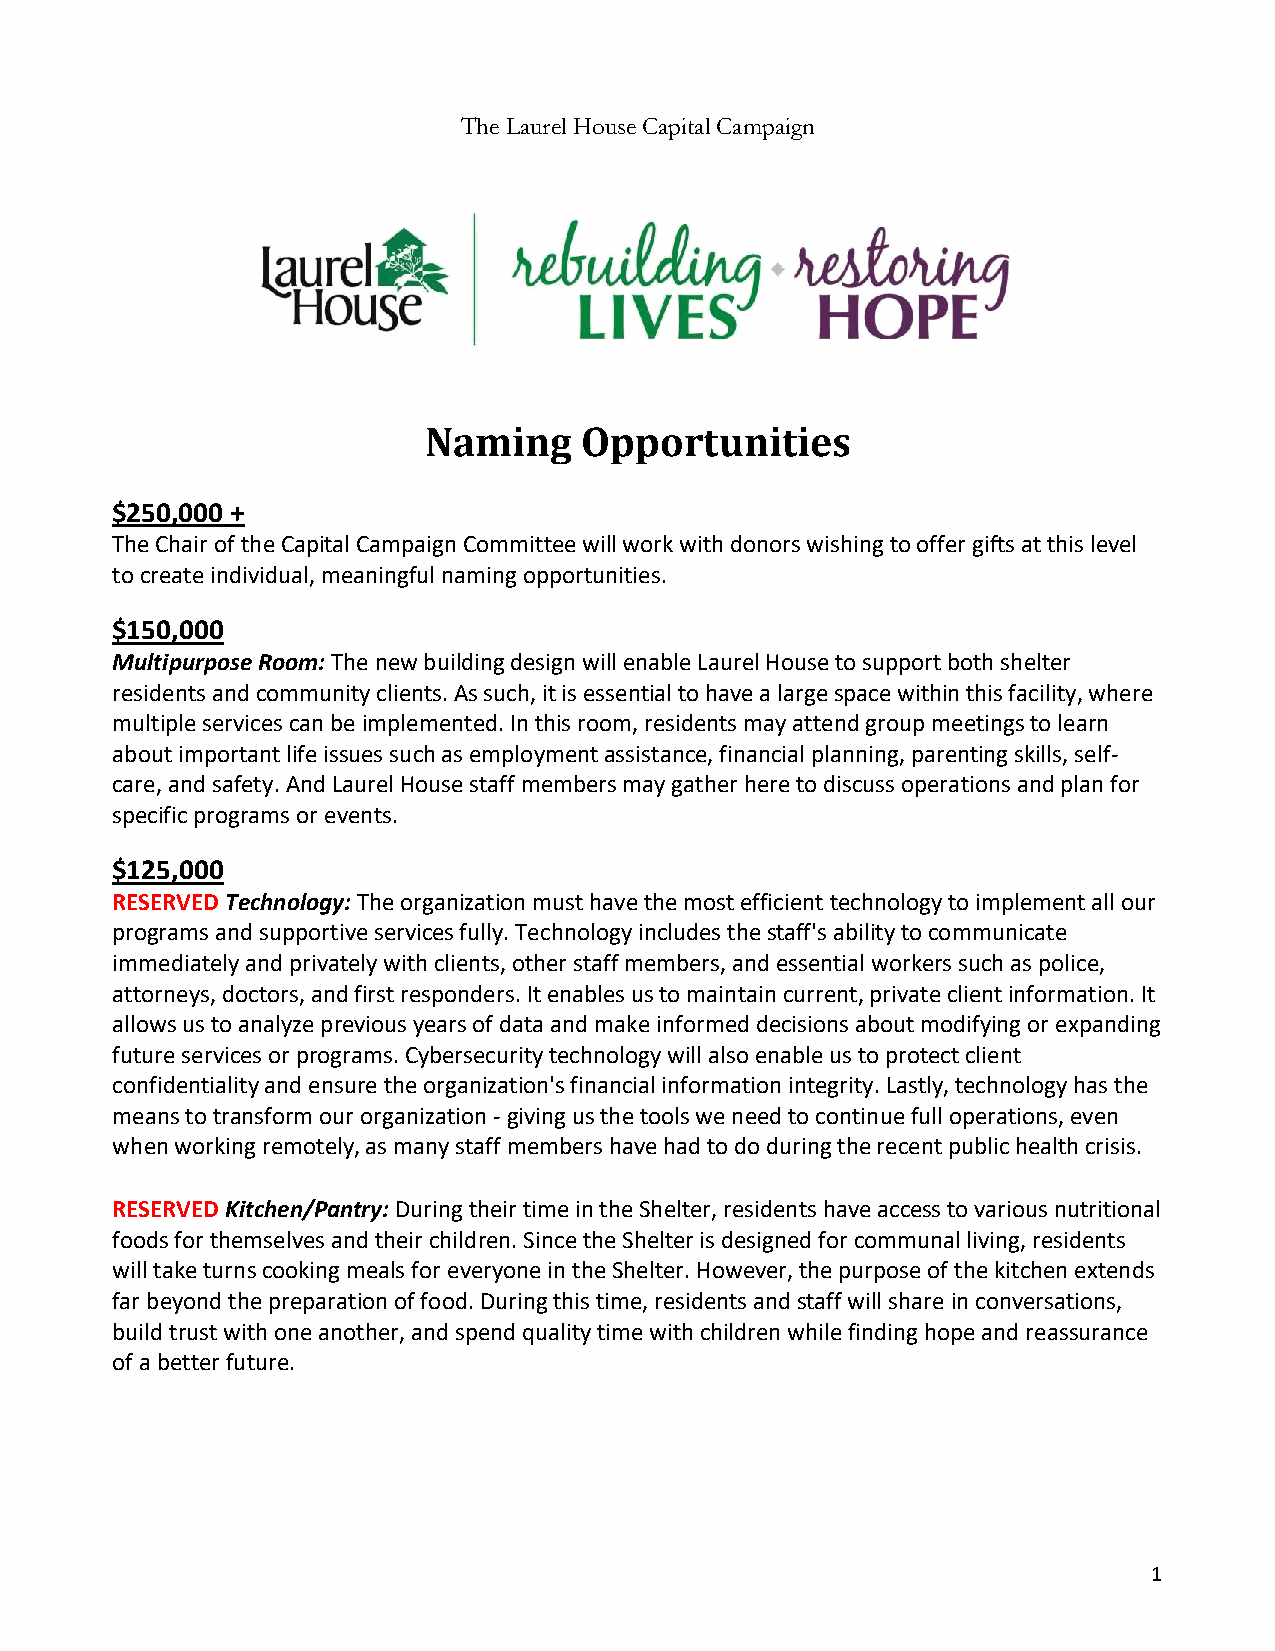
The Laurel House Capital Campaign
 Naming     Opportunities
 $250,000 +
 The Chair of the Capital Campaign Committee will work with donors wishing to offer gifts at this level
 to create individual, meaningful naming opportunities.
 $150,000
 Multipurpose Room: The new building design will enable Laurel House to support both shelter
 residents and community clients. As such, it is essential to have a large space within this facility, where
 multiple services can be implemented. In this room, residents may attend group meetings to learn
 about important life issues such as employment assistance, financial planning, parenting skills, self-
 care, and safety. And Laurel House staff members may gather here to discuss operations and plan for
 specific programs or events.
 $125,000
 RESERVED Technology: The organization must have the most efficient technology to implement all our
 programs and supportive services fully. Technology includes the staff's ability to communicate
 immediately and privately with clients, other staff members, and essential workers such as police,
 attorneys, doctors, and first responders. It enables us to maintain current, private client information. It
 allows us to analyze previous years of data and make informed decisions about modifying or expanding
 future services or programs. Cybersecurity technology will also enable us to protect client
 confidentiality and ensure the organization's financial information integrity. Lastly, technology has the
 means to transform our organization - giving us the tools we need to continue full operations, even
 when working remotely, as many staff members have had to do during the recent public health crisis.
 RESERVED Kitchen/Pantry: During their time in the Shelter, residents have access to various nutritional
 foods for themselves and their children. Since the Shelter is designed for communal living, residents
 will take turns cooking meals for everyone in the Shelter. However, the purpose of the kitchen extends
 far beyond the preparation of food. During this time, residents and staff will share in conversations,
 build trust with one another, and spend quality time with children while finding hope and reassurance
 of a better future.
 1